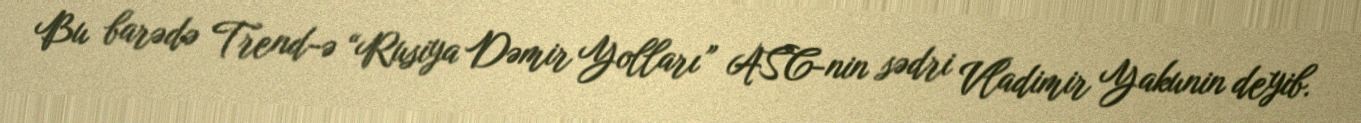
Bu barədə Trend-ə “Rusiya Dəmir Yolları” ASC-nin sədri Vladimir Yakunin deyib.